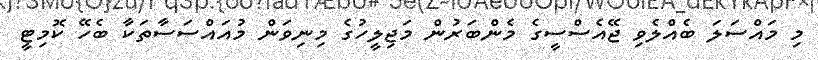
މި މައްސަލަ ބެއްލެވި ޖޭއެސްސީގެ މެންބަރުން މަޖިލީހުގެ މިނިވަން މުއައްސަސާތަކާ ބެހޭ ކޮމިޓީ